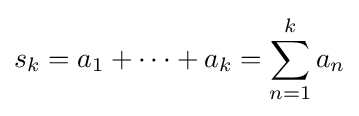
s_{k}=a_{1}+\cdots +a_{k}=\sum _{n=1}^{k}a_{n}